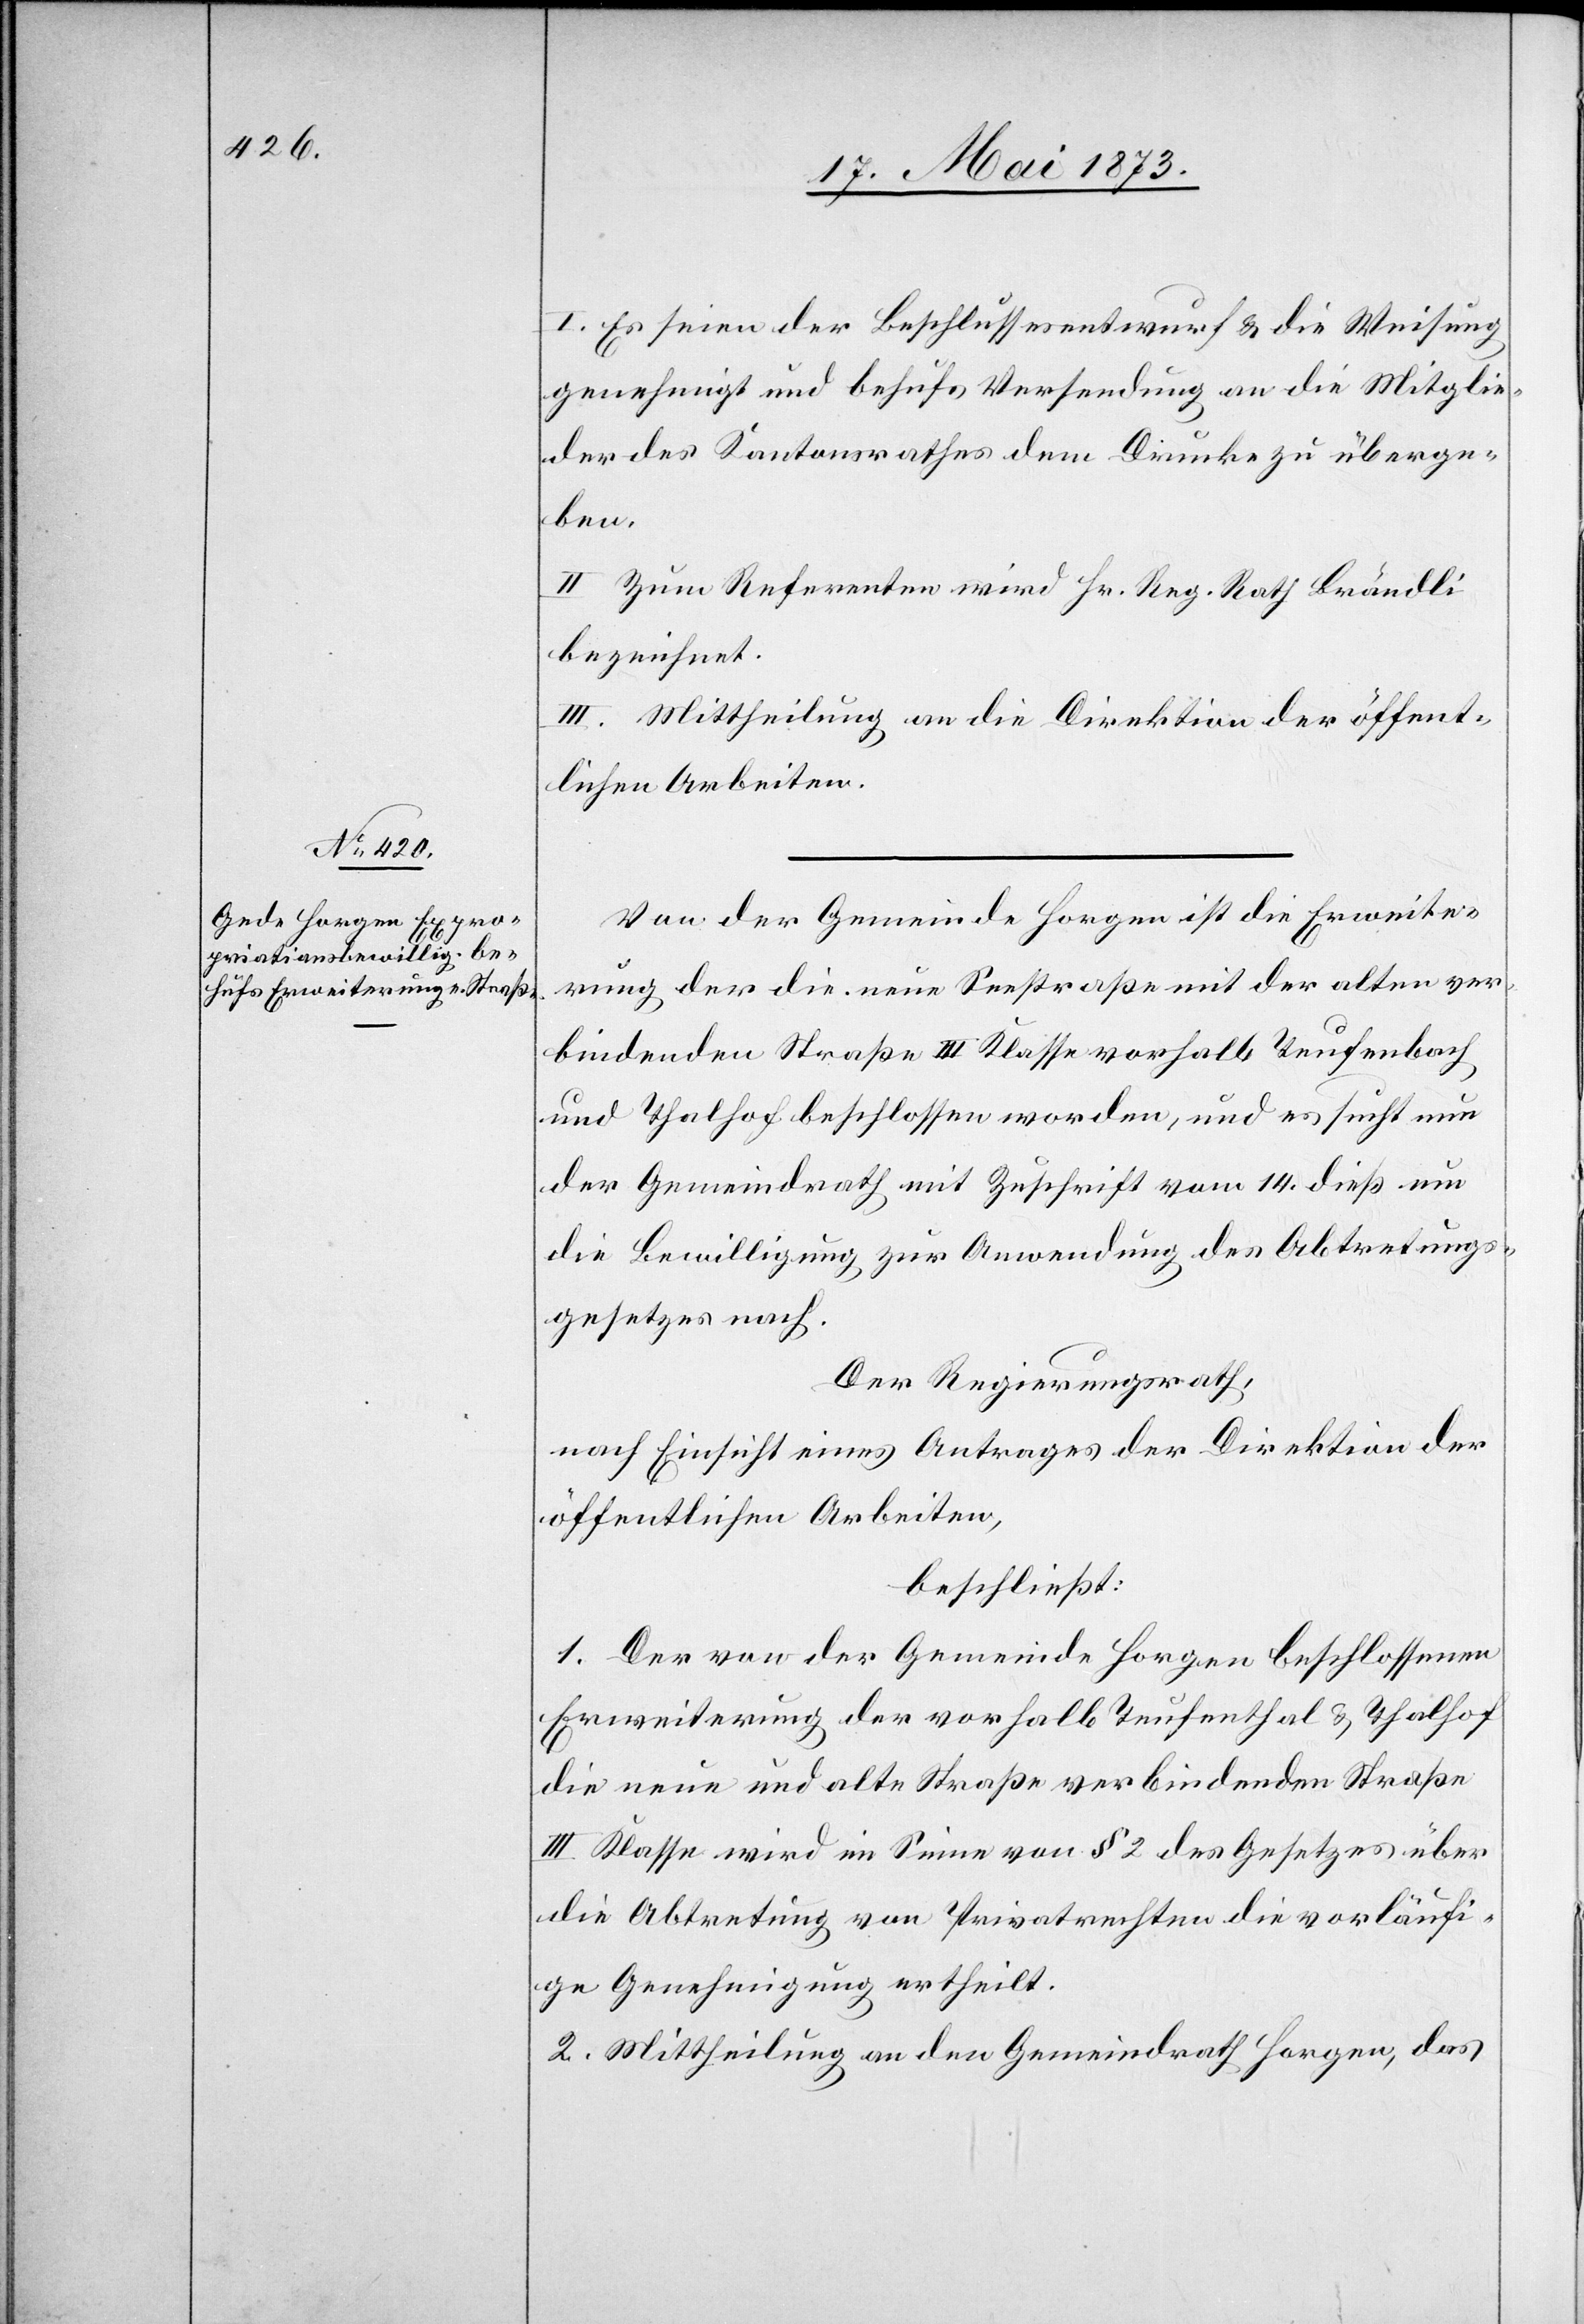
I. Es seien der Beschlussesentwurf & die Weisung
genehmigt und behufs Versendung an die Mitglie¬
der des Kantonsrathes dem Drucke zu überge¬
ben.
II. Zum Referenten wird Hr. Reg. Rath Brändli
bezeichnet.
III. Mittheilung an die Direktion der öffent¬
lichen Arbeiten.
Von der Gemeinde Horgen ist die Erweite¬
rung der die neue Seestraße mit der alten ver¬
bindenden Straße III Klasse vorhalb Teufenbach
und Thalhof beschlossen worden, und es sucht nun
der Gemeindrath mit Zuschrift vom 14. dieß um
die Bewilligung zur Anwendung des Abtretungs¬
gesetzes nach.
Der Regierungsrath,
nach Einsicht eines Antrages der Direktion der
öffentlichen Arbeiten,
beschließt:
1. Der von der Gemeinde Horgen beschlossenen
Erweiterung der vorhalb Teufenthal [sic!] & Thalhof
die neue und alte Straße verbindenden Straße
III Klasse wird im Sinne von § 2 des Gesetzes über
die Abtretung von Privatrechten die vorläufi¬
ge Genehmigung ertheilt.
2. Mittheilung an den Gemeindrath Horgen, das